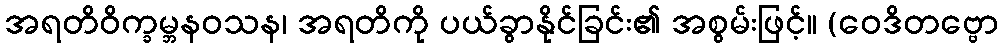
အရတိဝိက္ခမ္ဘနဝသန၊ အရတိကို ပယ်ခွာနိုင်ခြင်း၏ အစွမ်းဖြင့်။ (ဝေဒိတဗ္ဗော